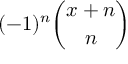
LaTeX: ( - 1 ) ^ { n } { \binom { x + n } { n } }